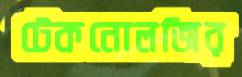
টেকনোলজির